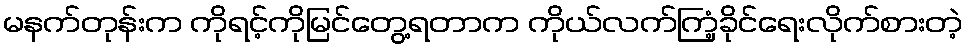
မနက်တုန်းက ကိုရင့်ကိုမြင်တွေ့ရတာက ကိုယ်လက်ကြံ့ခိုင်ရေးလိုက်စားတဲ့